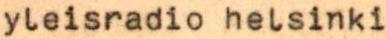
yleisradio helsinki